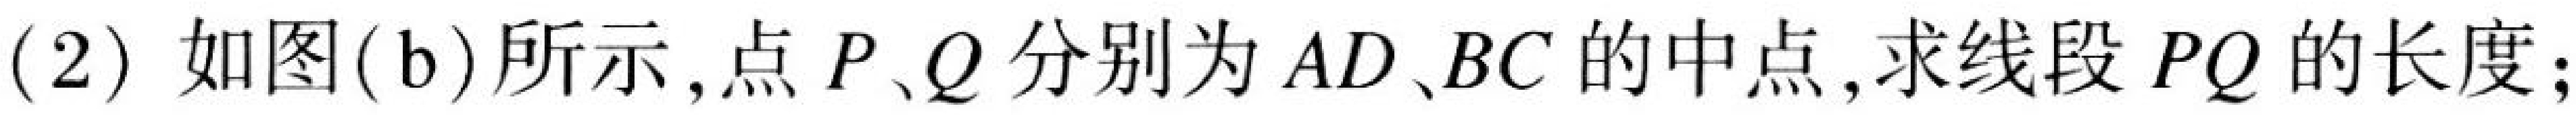
(2) 如图(b)所示,点$P、Q$分别为$AD、BC$的中点,求线段$PQ$的长度;